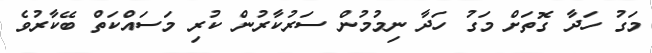
މަގު ހަދާ ގޮތަށް މަގު ހަދާ ނިމުމުން ސަރުކާރުން ކުރި މަސައްކަތް ބޭކާރުވެ